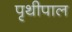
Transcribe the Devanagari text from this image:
पृथीपाल